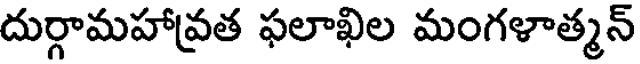
దుర్గామహావ్రత ఫలాఖిల మంగళాత్మన్